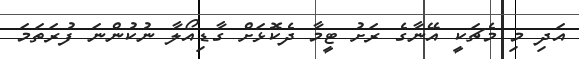
އަދި މި މެޗަކީ އޭނާގެ ރަށު ޓީމާ ދެކޮޅަށް ގާޑިއޯލާ ނުކުންނަ ފުރަތަމަ